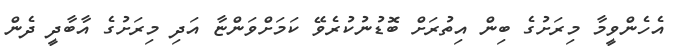
އެހެންވީމާ މިރަށުގެ ބިން އިތުރަށް ބޮޑުނުކުރެވޭ ކަމަށްވަންޏާ އަދި މިރަށުގެ އާބާދީ ދެން